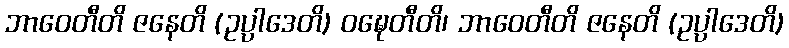
ဘာဝေတီတိ ဇနေတိ (ဥပ္ပာဒေတိ) ဝဍ္ဎေတီတိ၊ ဘာဝေတီတိ ဇနေတိ (ဥပ္ပာဒေတိ)